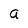
Character: a